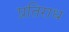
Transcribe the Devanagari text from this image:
प्रतिराध